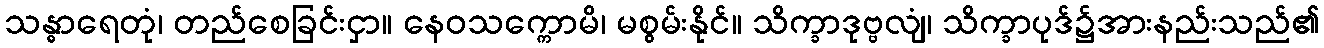
သန္ဓာရေတုံ၊ တည်စေခြင်းငှာ။ နေဝသက္ကောမိ၊ မစွမ်းနိုင်။ သိက္ခာဒုဗ္ဗလျံ၊ သိက္ခာပုဒ်၌အားနည်းသည်၏